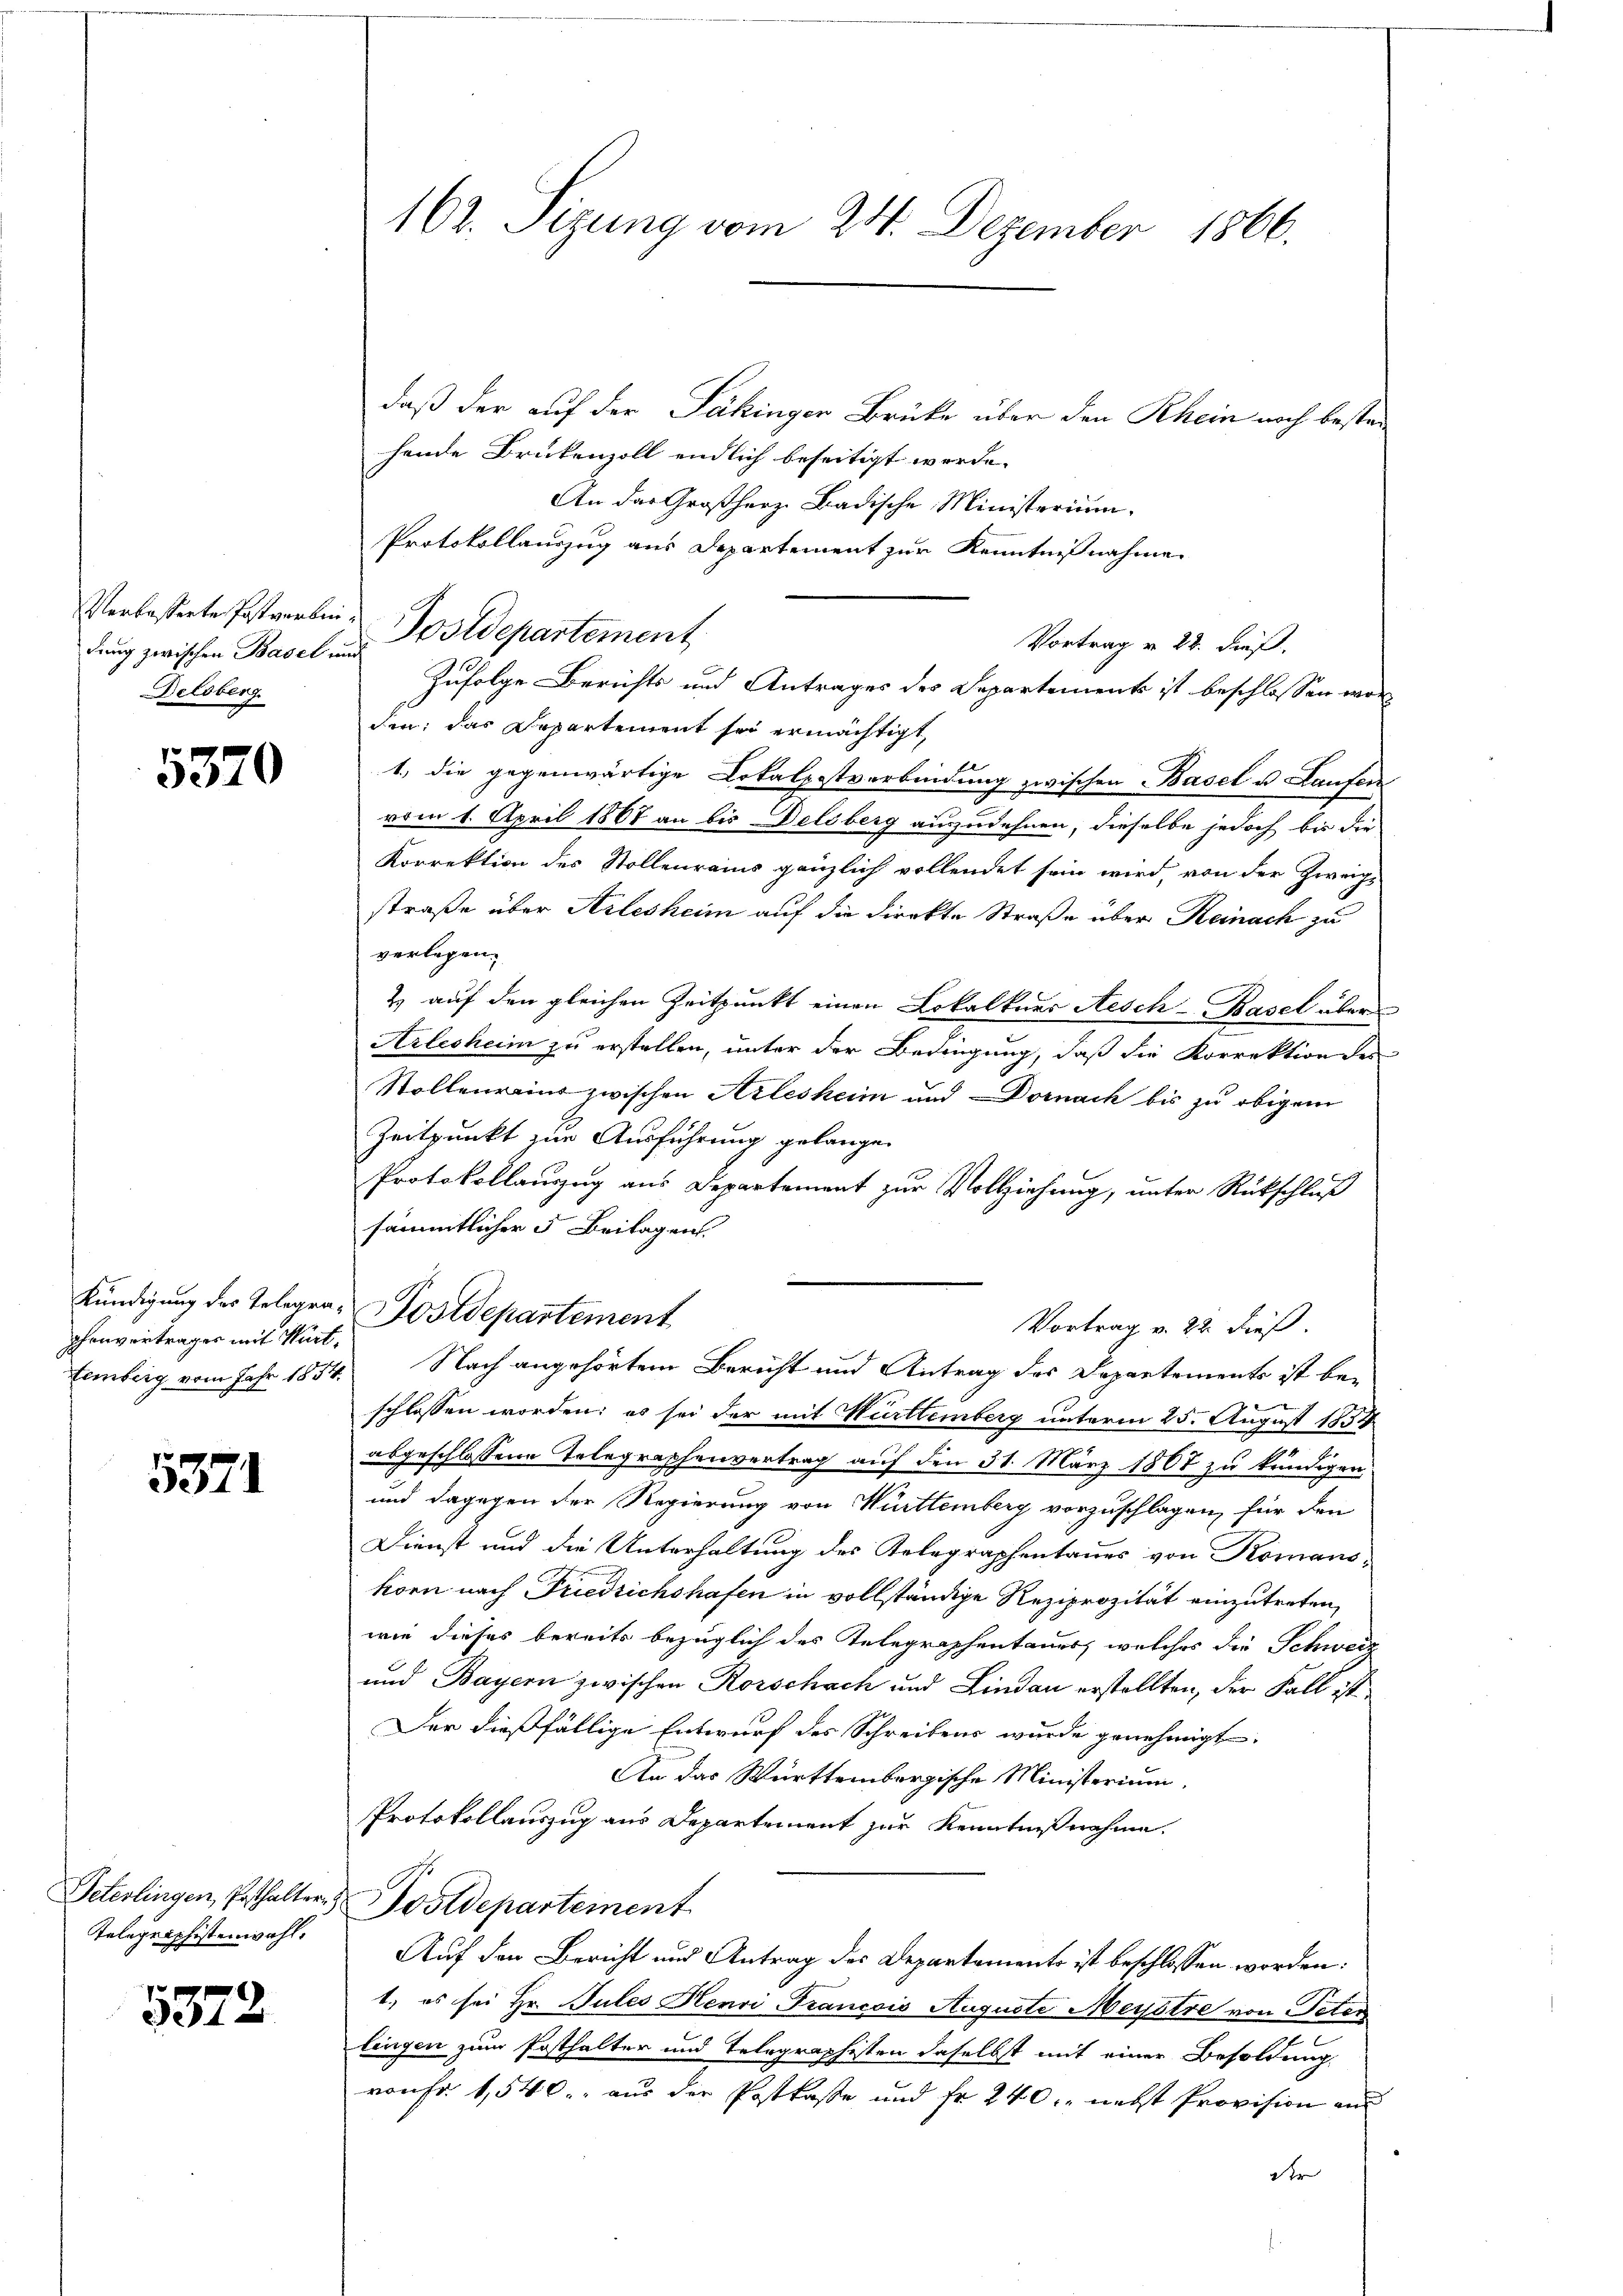
dung zwischen Basel und
Delsberg.

5370

phenvertrages mit Würt¬

5371

Telegraphistenwahl.

5372

162. Sizung vom 24. Dezember 1866.

daß der auf der Jäkingen Brüke über den Rhein noch bestanhende Brükenzoll endlich beseitigt werde.
An das Großherz badische Ministerium
Protokollauszug aus Departement zur Kenntnißnahme.
Vortrag v. 22. dieß.
Zufolge Berichts und Antrages des Departement ist beschlossen wor
den; das Departement sei ermächtigt,
1.) die gegenwärtige Lokalpostverbindung zwischen Basel u. Laufen
vom 1. April 1867 an bis Delsberg auszudehnen, dieselbe jedoch bis die
Korrektion des Stollenrains gänzlich vollendet sein wird, von der Zweig-
straße über Arlesheim auf die Direkte Straße über Reinach zu
verlegen.
2. auf den gleichen Zeitpunkt einen Lokalkner Aesch-Basel über
Arlesheim zu erstellen, unter der Bedingung, daß die Korrektion des
Stollenrains zwischen Arlesheim und Dornach bis zu obigem
Zeitpunkt zur Ausführung gelangen
Protokollauszug aus Departement zur Vollziehung, unter Rückschluß
sämmtlicher 5 Beilagen.
Kündigung des Telegra Postdepartement
Vortrag v. 22. dieß.
temberg vom Jahr 1854. Nach angehörtem Bericht und Antrag des Departements ist beschlossen worden; es sei der mit Württemberg unterm 25. August 1854
abgeschlossene Telegraphenvertrag auf den 31. März 1807 zu kündigen,
und dagegen der Regierung von Württemberg vorzuschlagen, für den
Dienst und die Unterhaltung des Telegraphentanes von Komans-
korn nach Friedrichshafen in vollständige Reziprozität einzutreten,
wie dieses bereits bezüglich des Telegraphentauer, welches die Schweiz
und Bayern zwischen Rorschach und Lindau erstellten, der Fall ist
Der dießfällige Entwurf des Schreibens wurde genehmigt.
An das Württembergische Ministerium.
Protokollauszug aus Departement zur Kenntnißnahme.
Peterlingen, Pesthalter Postdepartement
Auf den Bericht und Antrag des Departements ist beschlossen worden:
1., es sei Hr. Jules Henri Francois Auguste Meystre von Peter
lingen zum Posthalter und Telegraphisten daselbst mit einer Besoldung
vonFr. 1,540, aus der Postkasse und Fr. 240 - nebst Provision an
der

Verbosterte Postverbin Postdepartement

n